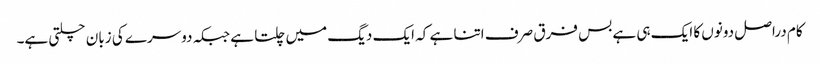
کام دراصل دونوں کا ایک ہی ہے بس فرق صرف اتنا ہے کہ ایک دیگ میں چلتا ہے جبکہ دوسرے کی زبان چلتی ہے۔